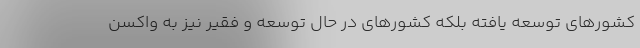
كشورهای توسعه یافته بلكه كشورهای در حال توسعه و فقیر نیز به واكسن